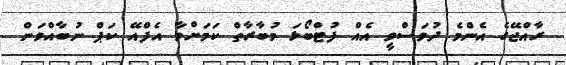
ރާއްޖޭގެ އެންމެ ދުވަސްވީ އެއް ފުޓްބޯޅަ މުބާރާތް ކަމަށްވާ އެފްއޭ ކަޕް ނުބާއްވަން